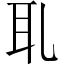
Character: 耴